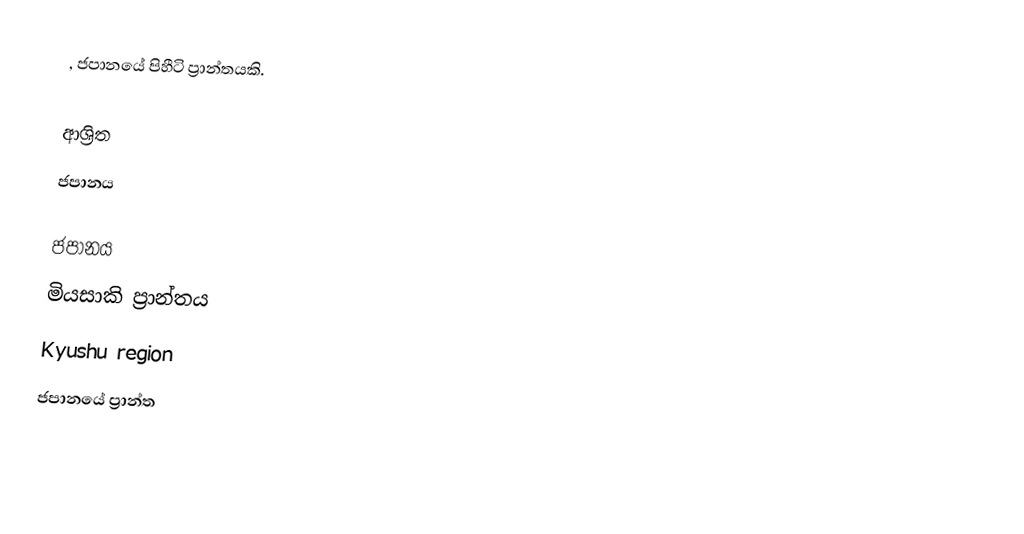
, ජපානයේ පිහීටි ප්‍රාන්තයකි.

ආශ්‍රිත
 ජපානය

ජපානය
මියසාකි ප්‍රාන්තය
Kyushu region
ජපානයේ ප්‍රාන්ත